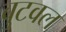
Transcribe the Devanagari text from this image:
वुटवल